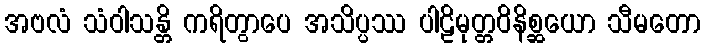
အဗလံ သံဝါသန္တိ ကရိတွာပေ အသိပ္ပဿ ပါဠိမုတ္တဝိနိစ္ဆယော သီမတော